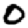
Digit: 0